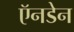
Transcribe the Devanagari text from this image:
ऍनडेन